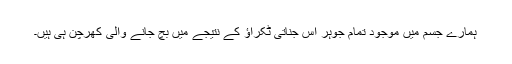
ہمارے جسم میں موجود تمام جوہر اس جناتی ٹکراؤ کے نتیجے میں بچ جانے والی کھرچن ہی ہیں۔